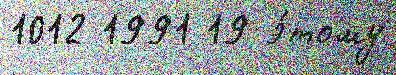
1012 1991 19 э́тому